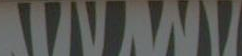
wwwww